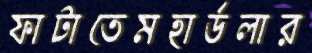
ফাটাতেমহার্ডলার